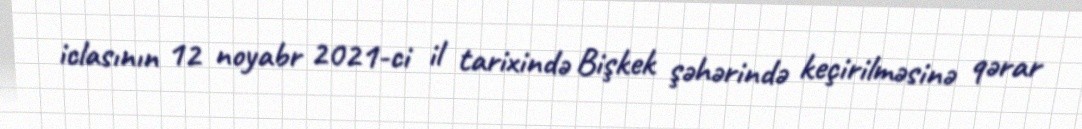
iclasının 12 noyabr 2021-ci il tarixində Bişkek şəhərində keçirilməsinə qərar